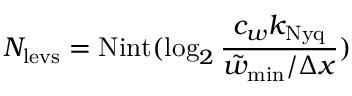
N _ { \mathrm { l e v s } } = \mathrm { N i n t } ( \log _ { 2 } \frac { c _ { w } k _ { \mathrm { N y q } } } { \tilde { w } _ { \mathrm { m i n } } / \Delta x } )